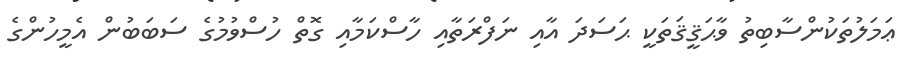
ޢަމަލުތަކުންސާބިތު ވާޙަޤީޤަތަކީ ޙަސަދަ އާއި ނަފްރަތާއި ހާސްކަމާއި ގޮތް ހުސްވުމުގެ ސަބަބުން އެމީހުންގެ